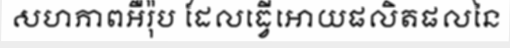
សហភាពអឺរ៉ុប ដែលធ្វើអោយផលិតផលនៃ